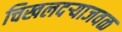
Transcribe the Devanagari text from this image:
चिखलदऱ्याजवळ